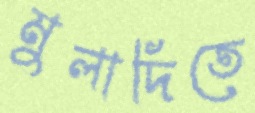
মুলাদিতে